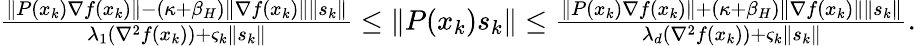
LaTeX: \begin{array}{r}{\frac{\| P(x_{k})\nabla f(x_{k})\| -(\kappa+\beta_{H})\| \nabla f(x_{k})\| \| s_{k}\| }{\lambda_{1}(\nabla^{2}f(x_{k}))+\varsigma_{k}\| s_{k}\| }\leq\| P(x_{k})s_{k}\| \leq\frac{\| P(x_{k})\nabla f(x_{k})\| +(\kappa+\beta_{H})\| \nabla f(x_{k})\| \| s_{k}\| }{\lambda_{d}(\nabla^{2}f(x_{k}))+\varsigma_{k}\| s_{k}\| }.}\end{array}